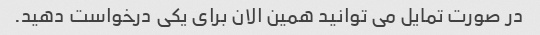
در صورت تمایل می توانید همین الان برای یکی درخواست دهید.